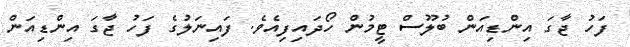
ފަހު ޖާގަ އިންޑިއަން ބުލޫސް ޓީމުން ހޯދައިފިއެވެ. ފައިނަލުގެ ފަހު ޖާގަ އިންޑިއަން